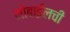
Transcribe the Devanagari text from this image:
मोबाईलची